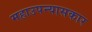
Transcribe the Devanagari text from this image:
महाउपन्यासकार